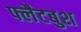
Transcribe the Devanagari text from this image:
फ्लैटबुश